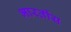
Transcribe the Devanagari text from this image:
भारर्तीय